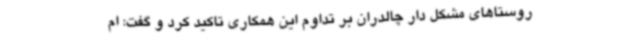
روستاهای مشکل دار چالدران بر تداوم این همکاری تاکید کرد و گفت: ام